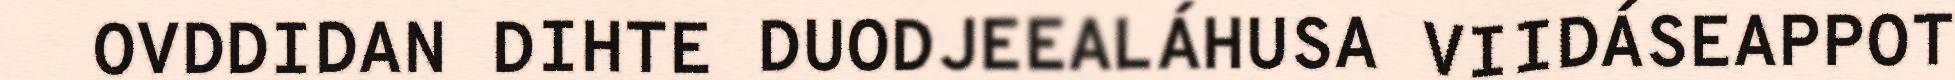
OVDDIDAN DIHTE DUODJEEALÁHUSA VIIDÁSEAPPOT